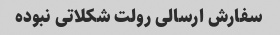
سفارش ارسالی رولت شکلاتی نبوده